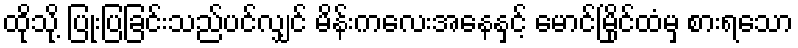
ထိုသို့ ပြုံးပြခြင်းသည်ပင်လျှင် မိန်းကလေးအနေနှင့် မောင်မြိုင်ထံမှ စားရသော